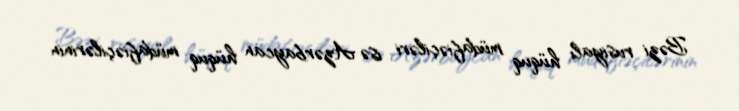
Bəzi rusiyalı hüquq müdafiəçiləri isə Azərbaycan hüquq müdafiəçilərinin